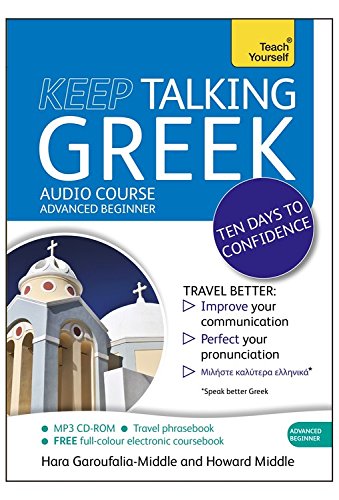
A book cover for Keep Talking Greek Audio Course - Ten Days to Confidence: Advanced beginner's guide to speaking and understanding with confidence (Teach Yourself); Howard Middle; Travel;